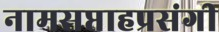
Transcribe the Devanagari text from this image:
नामसप्ताहप्रसंगी